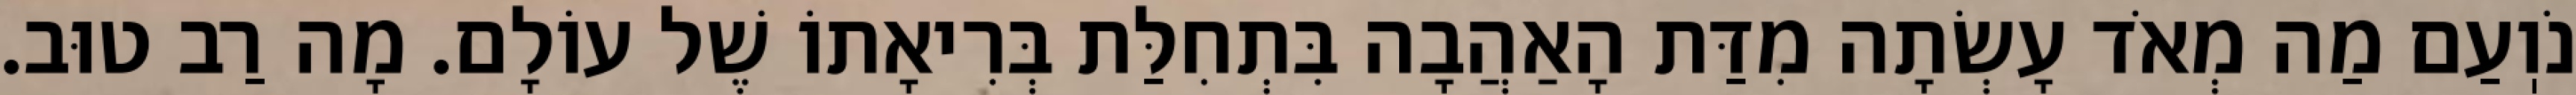
נֹוֽעַם מַה מְאֹד עָשְׂתָה מִדַּת הָאַהֲבָה בִּתְחִלַּת בְּרִיאָתוֹ שֶׁל עוֹלָם. מָה רַב טוּב.